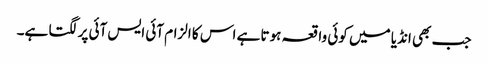
جب بھی انڈیا میں کوئی واقعہ ہوتا ہے اس کا الزام آئی ایس آئی پر لگتا ہے۔